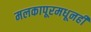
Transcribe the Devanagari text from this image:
मलकापूरमधूनही